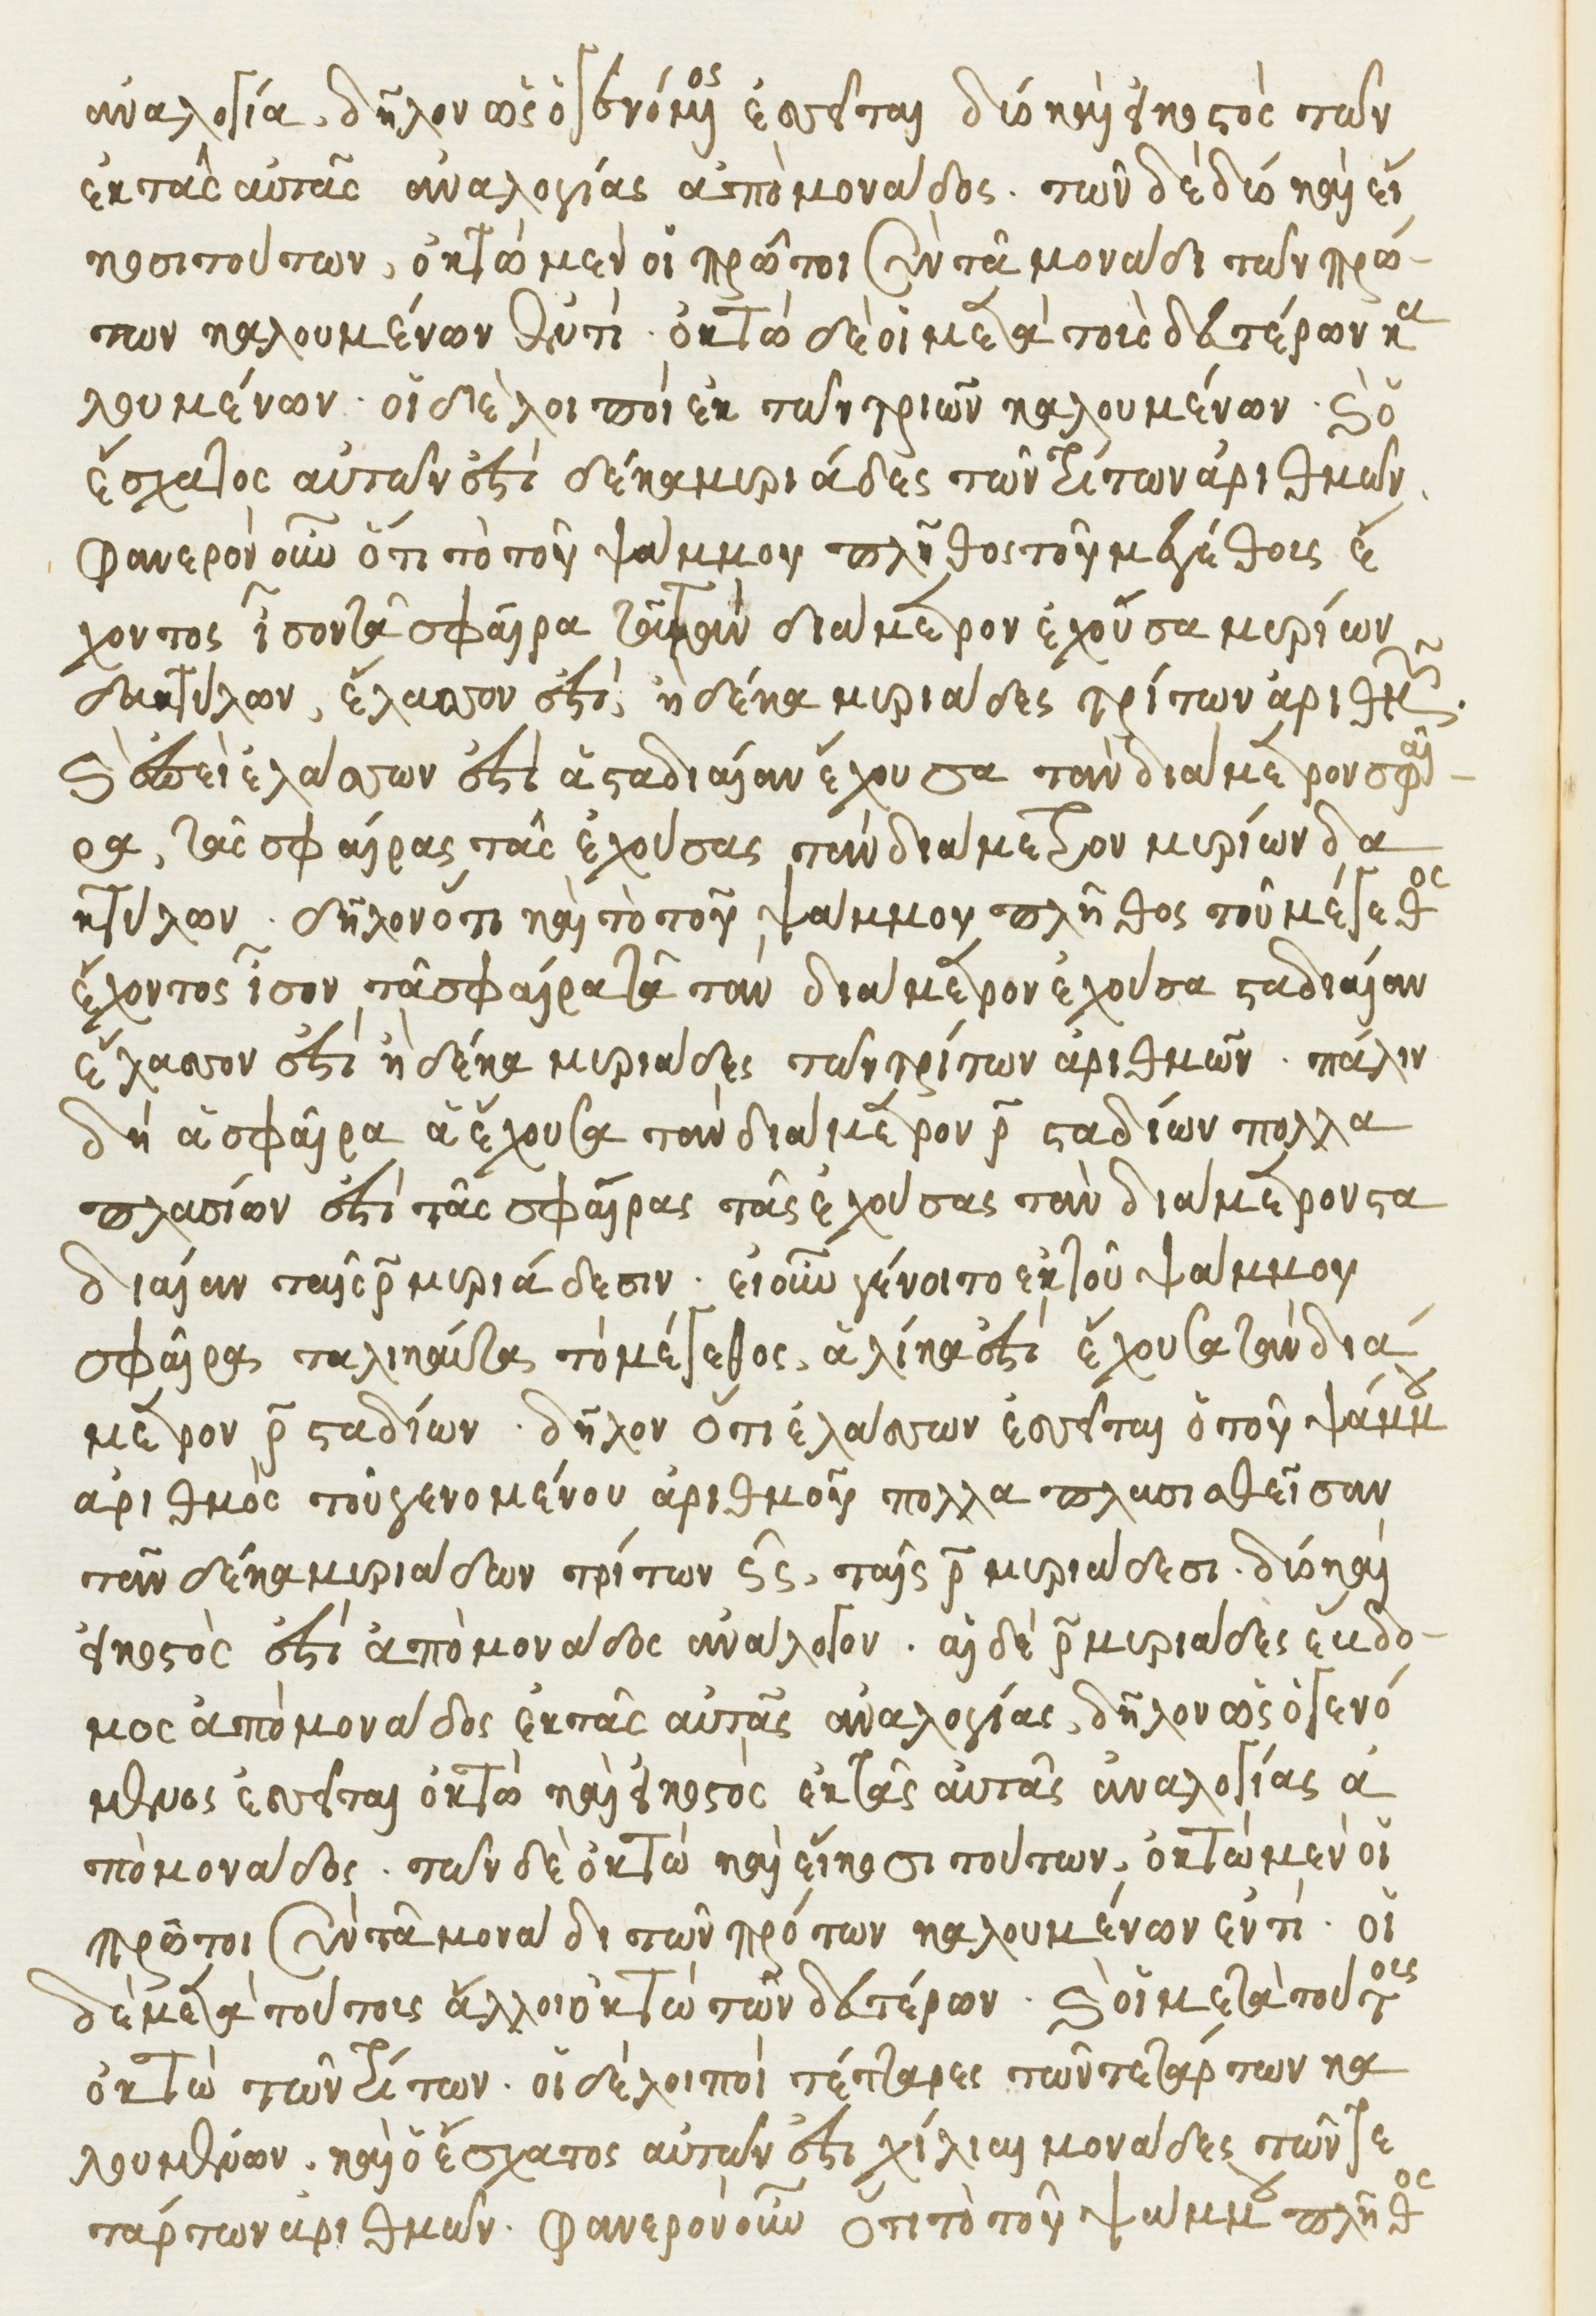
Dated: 1541–1541